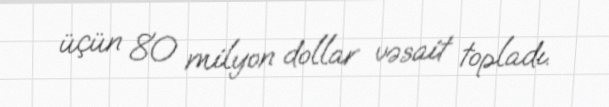
üçün 80 milyon dollar vəsait topladı.